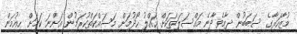
މުޒާހަރާގެ ސަބަބުން ދިމާވެދާނެ މައްސަލަތަކަށް ހައްލު ހޯދުމަށް މަސައްކަތްކުރަމުން އަންނަ ކަމަށް ހިއުމަން